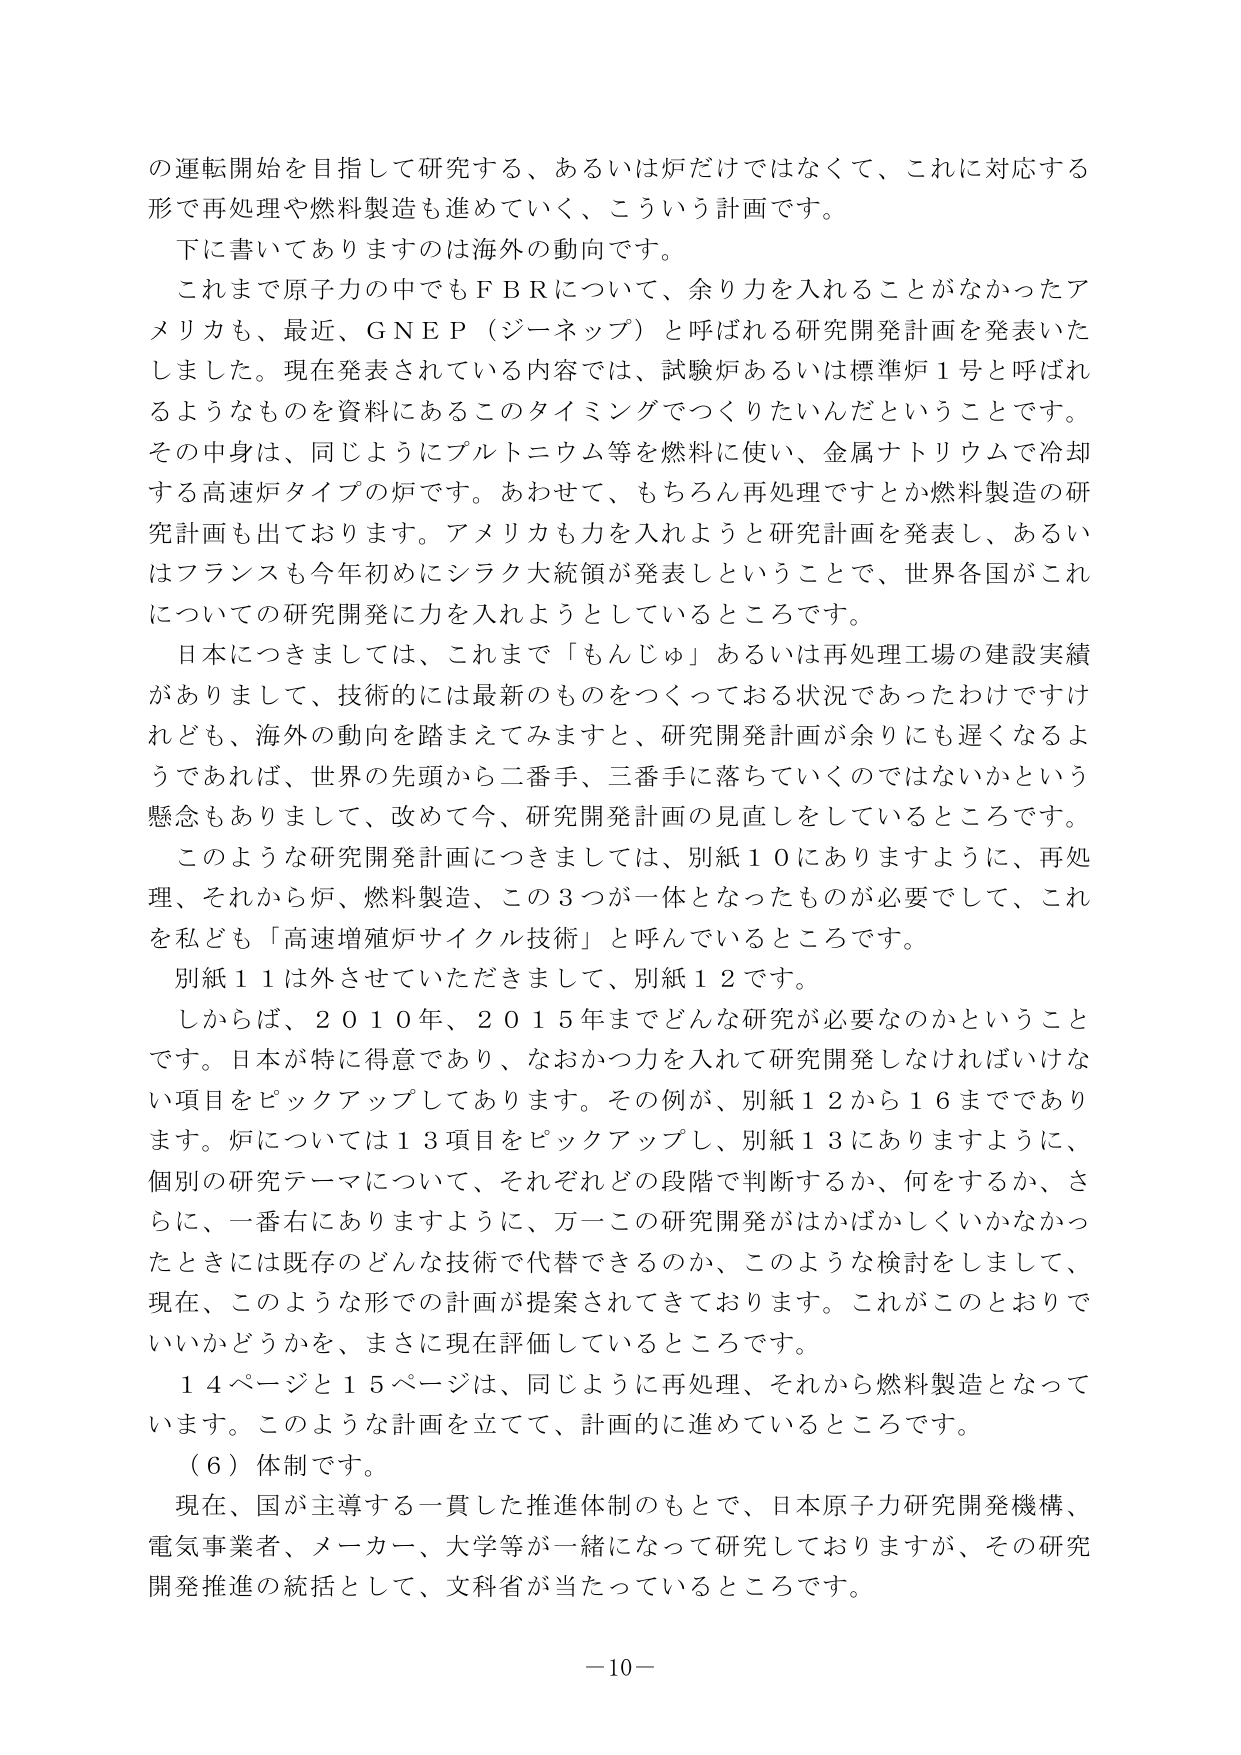
の運転開始を目指して研究する、あるいは炉だけではなくて、これに対応する形で再処理や燃料製造も進めていく、こういう計画です。

下に書いてありますのは海外の動向です。

これまで原子力の中でもＦＢＲについて、余り力を入れることがなかったアメリカも、最近、ＧＮＥＰ（ジーネップ）と呼ばれる研究開発計画を発表いたしました。現在発表されている内容では、試験炉あるいは標準炉１号と呼ばれるようなものを資料にあるこのタイミングでつくりたいんだということです。その中身は、同じようにプルトニウム等を燃料に使い、金属ナトリウムで冷却する高速炉タイプの炉です。あわせて、もちろん再処理ですとか燃料製造の研究計画も出ております。アメリカも力を入れようと研究計画を発表し、あるいはフランスも今年初めにシラク大統領が発表しということで、世界各国がこれについての研究開発に力を入れようとしているところです。

日本につきましては、これまで「もんじゅ」あるいは再処理工場の建設実績がありまして、技術的には最新のものをつくっておる状況であったわけではけれども、海外の動向を踏まえてみますと、研究開発計画が余りにも遅くなるようであれば、世界の先頭から二番手、三番手に落ちていくのではないかという懸念もありまして、改めて今、研究開発計画の見直しをしているところです。

このような研究開発計画につきましては、別紙１０にありますように、再処理、それから炉、燃料製造、この３つが一体となったものが必要でして、これを私ども「高速増殖炉サイクル技術」と呼んでいるところです。

別紙１１は外させていただきますで、別紙１２です。

しからば、２０１０年、２０１５年までどんな研究が必要なのかということです。日本が特に得意であり、なおかつ力を入れて研究開発しなければいけない項目をピックアップしてあります。その例が、別紙１２から１６までであります。炉については１３項目をピックアップし、別紙１３にありますように、個別の研究テーマについて、それぞれどの段階で判断するか、何をするか、さらに、一番右にありますように、万一この研究開発がはかばかしくいかなかったときには既存のどんな技術で代替できるのか、このような検討をしまして、現在、このような形での計画が提案されてきております。これがこのとおりでいいかどうかを、まさに現在評価しているところです。

１４ページと１５ページは、同じように再処理、それから燃料製造となっています。このような計画を立てて、計画的に進めているところです。

（６）体制です。

現在、国が主導する一貫した推進体制のもとで、日本原子力研究開発機構、電気事業者、メーカー、大学等が一緒になって研究しておりますが、その研究開発推進の統括として、文科省が当たっているところです。

－10－